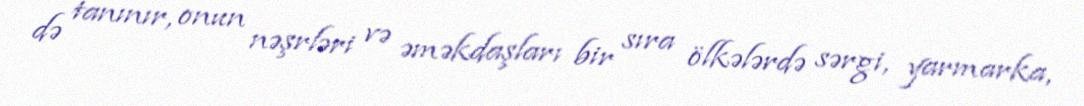
də tanınır, onun nəşrləri və əməkdaşları bir sıra ölkələrdə sərgi, yarmarka,